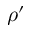
\rho ^ { \prime }